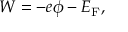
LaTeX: W = - e \phi - E _ { \mathrm { { F } } } ,